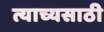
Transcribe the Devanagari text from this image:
त्याच्यसाठी